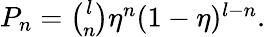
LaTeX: \begin{array}{r}{P_{n}=\binom{l}{n}\eta^{n}(1-\eta)^{l-n}.}\end{array}